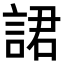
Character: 𧨡